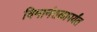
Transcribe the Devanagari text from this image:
विमानंतळापर्यंत